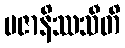
ပဇာနိဿသီတိ